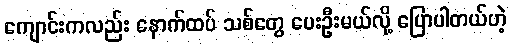
ကျောင်းကလည်း နောက်ထပ် သစ်တွေ ပေးဦးမယ်လို့ ပြောပါတယ်ဟဲ့